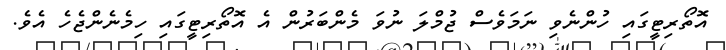
އޮތޯރިޓީގައި ހުންނެވި ނަމަވެސް ޖުމްލަ ނުވަ މެންބަރުން އެ އޮތޯރިޓީގައި ހިމެނެންޖެހެ އެވެ.